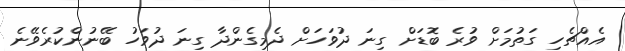
އެއްޗެހި ގަތުމަށް ވުރެ ބޮޑަށް ގިނަ ދުވަހަށް ދެމިގެންދާ ގިނަ ދުވަހު ބޭނުންކުރެވޭނެ